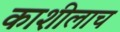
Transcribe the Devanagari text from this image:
काशीलाच